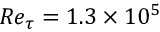
R e _ { \tau } = 1 . 3 \times 1 0 ^ { 5 }